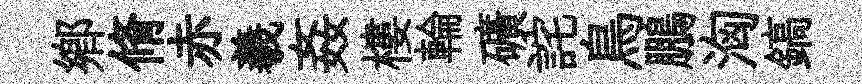
郷脩赤羲姦樓輪礦詫鳥鵬洶鎬